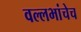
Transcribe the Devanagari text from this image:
वल्लभांचेच